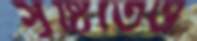
সৃষ্টিতেও